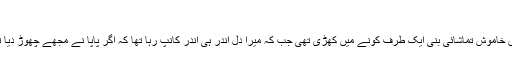
‘‘
میں خاموش تماشائی بنی ایک طرف کونے میں کھڑی تھی جب کہ میرا دل اندر ہی اندر کانپ رہا تھا کہ اگر پاپا نے مجھے چھوڑ دیا تو؟